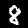
Label: 8